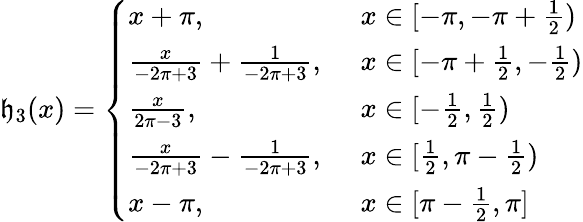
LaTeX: \mathfrak{h}_{3}(x)=\left\{ \begin{array}{ll}{x+\pi,~}&{x\in[-\pi,-\pi+\frac{1}{2})}\\ {\frac{x}{-2\pi+3}+\frac{1}{-2\pi+3},~}&{x\in[-\pi+\frac{1}{2},-\frac{1}{2})}\\ {\frac{x}{2\pi-3},~}&{x\in[-\frac{1}{2},\frac{1}{2})}\\ {\frac{x}{-2\pi+3}-\frac{1}{-2\pi+3},~}&{x\in[\frac{1}{2},\pi-\frac{1}{2})}\\ {x-\pi,~}&{x\in[\pi-\frac{1}{2},\pi]}\end{array}\right.